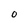
Character: O